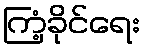
ကြံ့ခိုင်ရေး